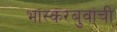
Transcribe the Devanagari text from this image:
भास्करबुवांची